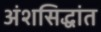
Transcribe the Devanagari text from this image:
अंशसिद्धांत